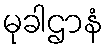
မုခါဌာနံ